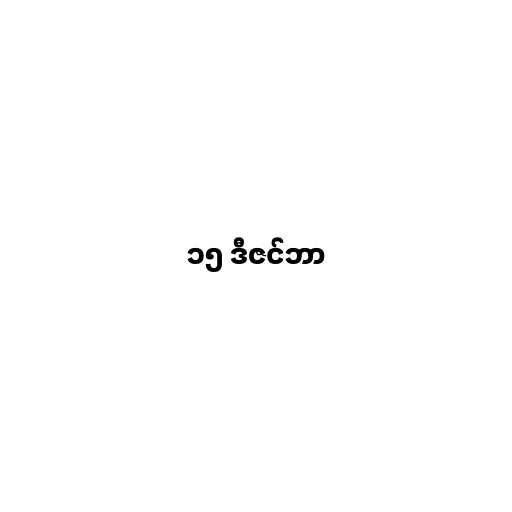
၁၅ ဒီဇင်ဘာ